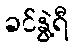
ခင်နွဲ့ရီ